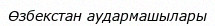
Өзбекстан аудармашылары